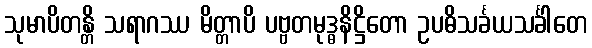
သုမာပိတန္တိ သရာဂဿ မိတ္တာပိ ပဗ္ဗတမုဒ္ဓနိဋ္ဌိတော ဥပဓိသင်္ခယသင်္ခါတေ